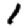
Digit: 1